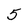
Character: 5